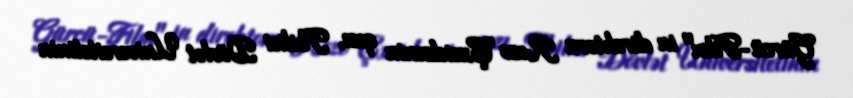
Gürcü-Film" in direktoru Rezo Çxeidzenin qızı, Tbilisi Dövlət Universitetinin